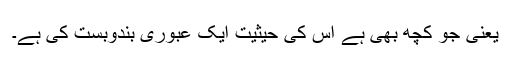
یعنی جو کچھ بھی ہے اس کی حیثیت ایک عبوری بندوبست کی ہے۔